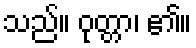
သည်။ ဝုတ္တာ၊ ၏။